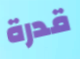
قدرة